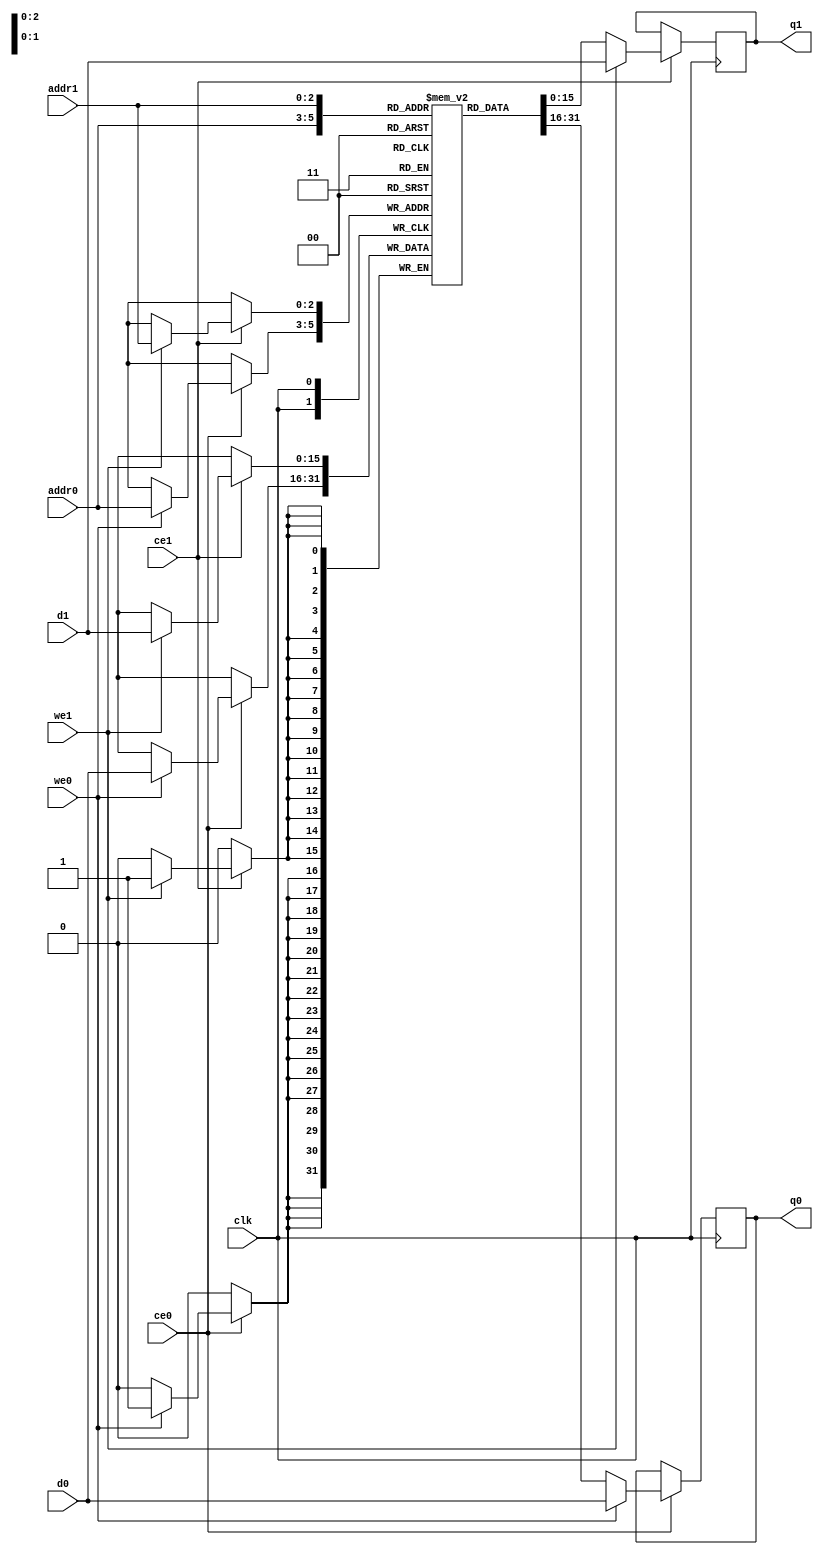
// ==============================================================
// File generated by Vivado(TM) HLS - High-Level Synthesis from C, C++ and SystemC
// Version: 2017.4.op
// Copyright (C) 1986-2018 Xilinx, Inc. All Rights Reserved.
// 
// ==============================================================

`timescale 1 ns / 1 ps
module dataflow_in_loop_pre_hist_0_memcore_ram (addr0, ce0, d0, we0, q0, addr1, ce1, d1, we1, q1,  clk);

parameter DWIDTH = 16;
parameter AWIDTH = 3;
parameter MEM_SIZE = 8;

input[AWIDTH-1:0] addr0;
input ce0;
input[DWIDTH-1:0] d0;
input we0;
output reg[DWIDTH-1:0] q0;
input[AWIDTH-1:0] addr1;
input ce1;
input[DWIDTH-1:0] d1;
input we1;
output reg[DWIDTH-1:0] q1;
input clk;

(* ram_style = "distributed" *)reg [DWIDTH-1:0] ram[0:MEM_SIZE-1];




always @(posedge clk)  
begin 
    if (ce0) 
    begin
        if (we0) 
        begin 
            ram[addr0] <= d0; 
            q0 <= d0;
        end 
        else 
            q0 <= ram[addr0];
    end
end


always @(posedge clk)  
begin 
    if (ce1) 
    begin
        if (we1) 
        begin 
            ram[addr1] <= d1; 
            q1 <= d1;
        end 
        else 
            q1 <= ram[addr1];
    end
end


endmodule


`timescale 1 ns / 1 ps
module dataflow_in_loop_pre_hist_0_memcore(
    reset,
    clk,
    address0,
    ce0,
    we0,
    d0,
    q0,
    address1,
    ce1,
    we1,
    d1,
    q1);

parameter DataWidth = 32'd16;
parameter AddressRange = 32'd8;
parameter AddressWidth = 32'd3;
input reset;
input clk;
input[AddressWidth - 1:0] address0;
input ce0;
input we0;
input[DataWidth - 1:0] d0;
output[DataWidth - 1:0] q0;
input[AddressWidth - 1:0] address1;
input ce1;
input we1;
input[DataWidth - 1:0] d1;
output[DataWidth - 1:0] q1;



dataflow_in_loop_pre_hist_0_memcore_ram dataflow_in_loop_pre_hist_0_memcore_ram_U(
    .clk( clk ),
    .addr0( address0 ),
    .ce0( ce0 ),
    .d0( d0 ),
    .we0( we0 ),
    .q0( q0 ),
    .addr1( address1 ),
    .ce1( ce1 ),
    .d1( d1 ),
    .we1( we1 ),
    .q1( q1 ));

endmodule